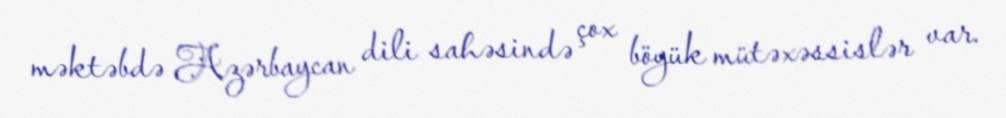
məktəbdə Azərbaycan dili sahəsində çox böyük mütəxəssislər var.